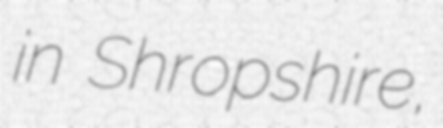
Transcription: in Shropshire,